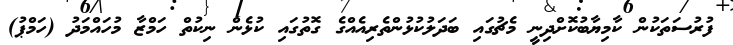
ފުރުސަތަކުން ކާމިޔާބުކޮށްދިނީ މެޗުގައި ބަދަލުކުޅުންތެރިއެއްގެ ގޮތުގައި ކުޅެން ނިކުތް ހަމްޒާ މުހައްމަދު (ހަމްޕު)